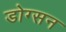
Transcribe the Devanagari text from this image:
डोग्सन